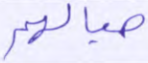
حبالهم